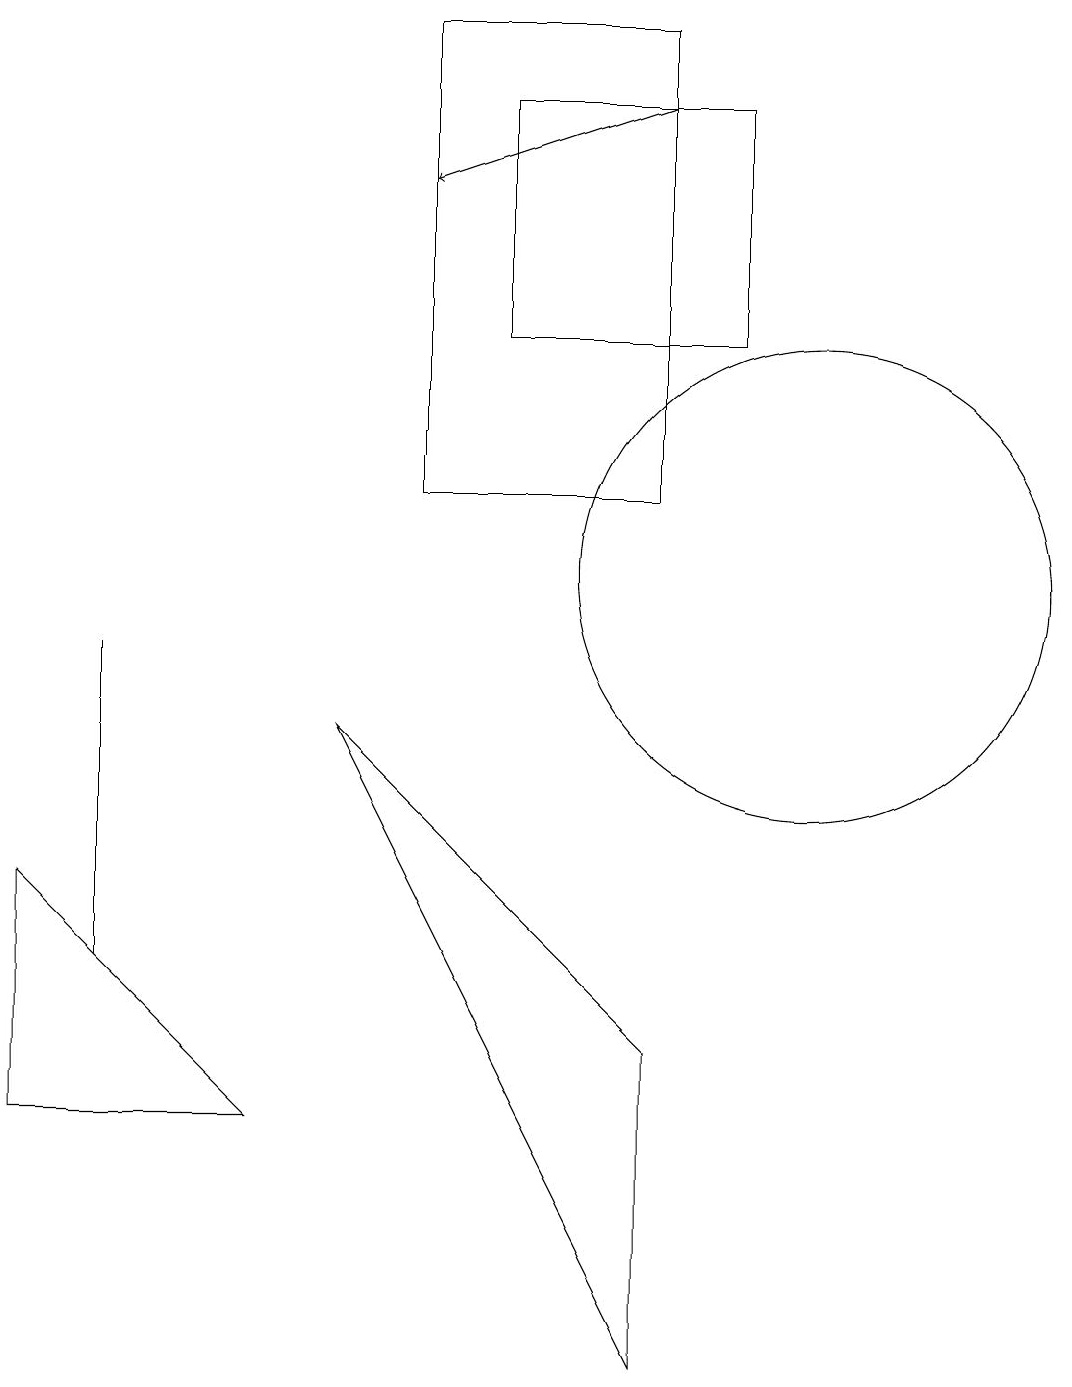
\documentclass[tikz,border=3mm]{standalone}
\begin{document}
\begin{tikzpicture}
\draw[->] (8,16) -- (5,15);
\draw (10,10) circle (3);
\draw (6,16) rectangle (9,13);
\draw (0,3) -- (0,6) -- (3,3) -- cycle;
\draw (8,0) -- (4,8) -- (8,4) -- cycle;
\draw (1,9) -- (1,5) -- (1,7) -- cycle;
\draw (8,11) rectangle (5,17);
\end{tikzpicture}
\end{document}